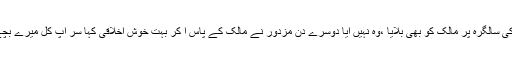
اس مزدور نے اپنے بیٹے کی سالگرہ پر مالک کو بھی بلایا ،وہ نہیں آیا دوسرے دن مزدور نے مالک کے پاس آ کر بہت خوش اخلاقی کہا سر آپ کل میرے بچے کی سالگرہ پر نہیں آئے ۔